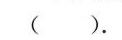
( )